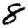
Digit: 8